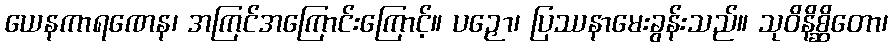
ယေနကာရဏေန၊ အကြင်အကြောင်းကြောင့်။ ပဉှော၊ ပြဿနာမေးခွန်းသည်။ သုဝိနိစ္ဆိတော၊